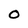
Character: O